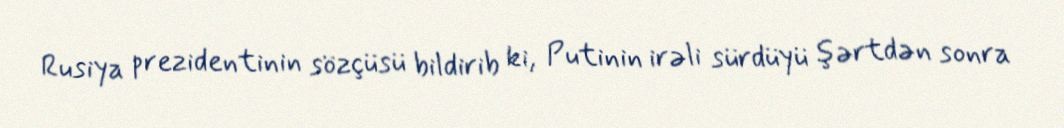
Rusiya prezidentinin sözçüsü bildirib ki, Putinin irəli sürdüyü şərtdən sonra